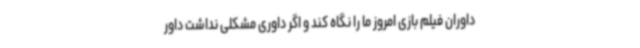
داوران فیلم بازی امروز ما را نگاه کند و اگر داوری مشکلی نداشت داور